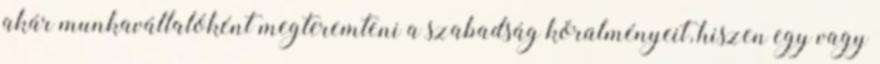
akár munkavállalóként megteremteni a szabadság körülményeit, hiszen egy vagy